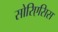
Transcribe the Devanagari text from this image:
सोरिएसिस